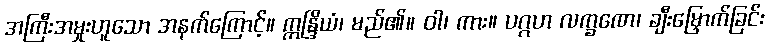
အကြီးအမှုးဟူသော အနက်ကြောင့်။ ဣန္ဒြိယံ၊ မည်၏။ ဝါ၊ ကား။ ပဂ္ဂဟ လက္ခဏေ၊ ချီးမြှောက်ခြင်း